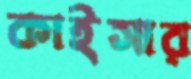
কাইসার